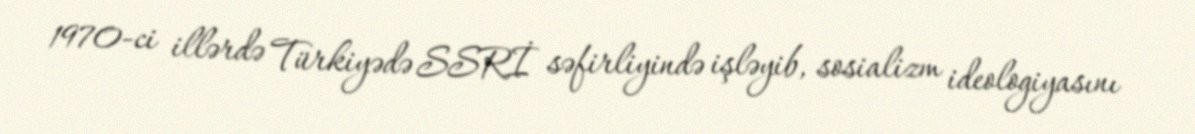
1970-ci illərdə Türkiyədə SSRİ səfirliyində işləyib, sosializm ideologiyasını